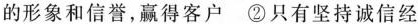
的形象和信誉，赢得客户 ②只有坚持诚信经